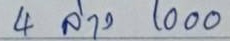
4 ล่าง 1000